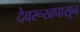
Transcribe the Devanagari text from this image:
देवरूखपासून